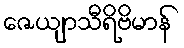
ဇေယျာသီရိဗိမာန်